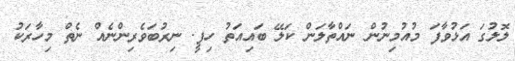
ލޮލުގަ އަޅުވާފަ މުއުމިނުން ނައްތާލަން ކަލޭ ބައިއަތު ހިފީ. ނިރުބަވެރިންނެއް ނެތް މިހާރަކު